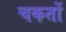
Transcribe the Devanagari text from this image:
चकतों